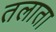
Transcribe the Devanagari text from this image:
तलाता